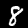
Label: 8